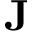
{ \bf J }